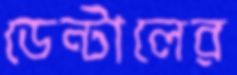
ডেন্টালের